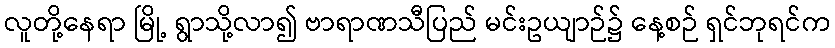
လူတို့နေရာ မြို့ ရွာသို့လာ၍ ဗာရာဏသီပြည် မင်းဥယျာဉ်၌ နေ့စဉ် ရှင်ဘုရင်က